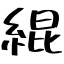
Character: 緄